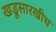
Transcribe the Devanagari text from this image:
खडूसारखीच